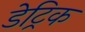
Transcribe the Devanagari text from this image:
डेट्रिक